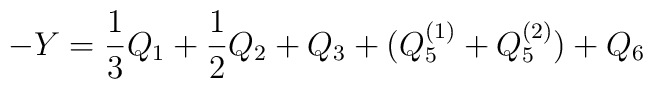
-Y=\frac{1}{3}Q_1+\frac{1}{2}Q_2+Q_3+(Q_5^{(1)}+Q_5^{(2)})+Q_6